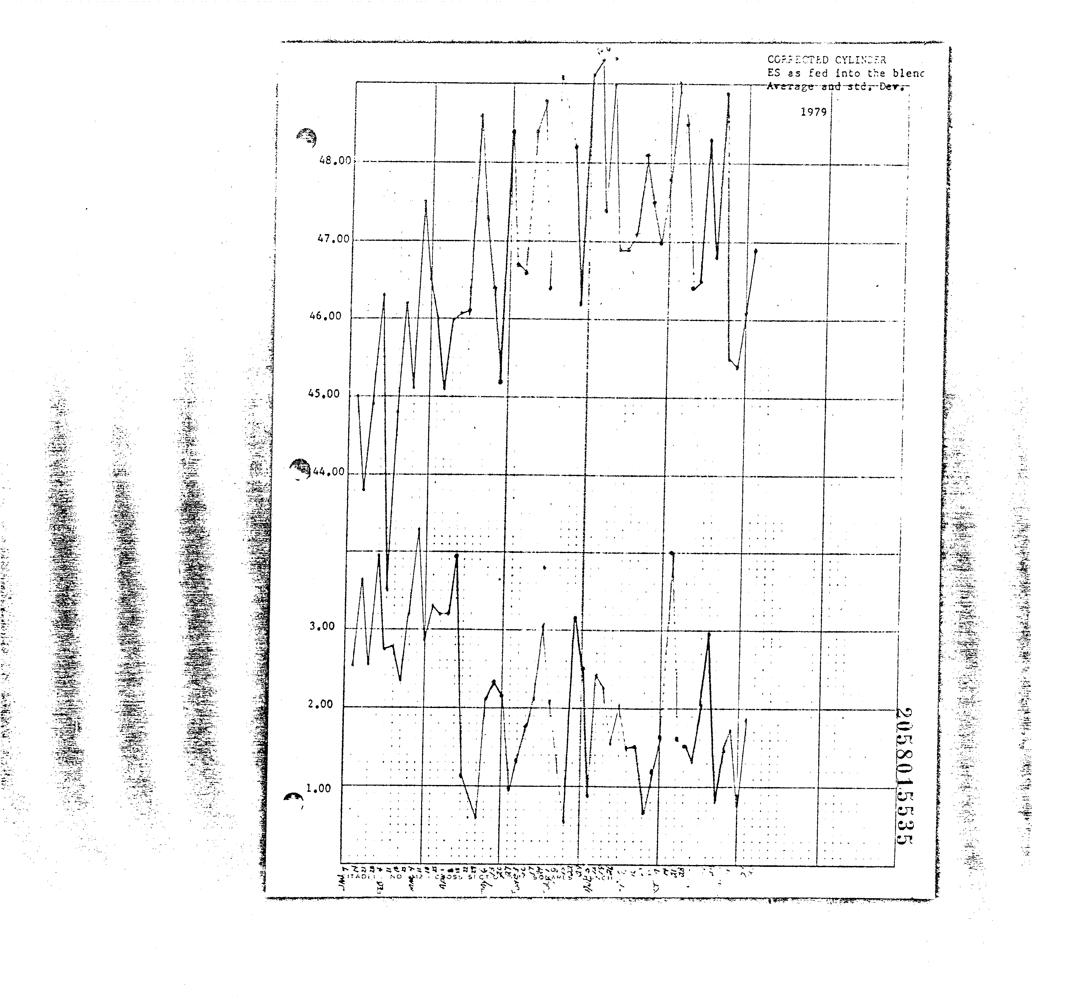
ED CYLINCEA
 CO?
 ES as fed into the blenc
 ge-and std; Der
 Avo Ta
 1979
 Yer Ta